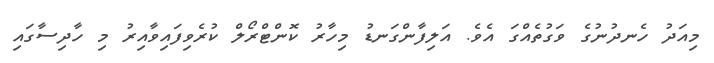
މިއަދު ހެނދުނުގެ ވަގުތެއްގަ އެވެ. އަލިފާންގަނޑު މިހާރު ކޮންޓްރޯލް ކުރެވިފައިވާއިރު މި ހާދިސާގައި